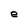
Character: e